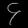
Digit: ၄